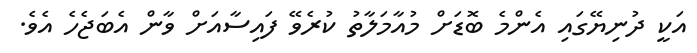
އަކީ ދުނިޔޭގައި އެންމެ ބޮޑަށް މުއާމަލާތު ކުރެވޭ ފައިސާއަށް ވާން އެބަޖެހެ އެވެ.